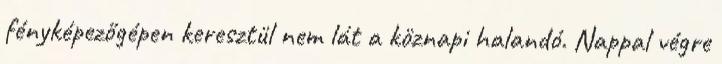
fényképezőgépen keresztül nem lát a köznapi halandó. Nappal végre